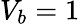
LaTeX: V_{b}=1